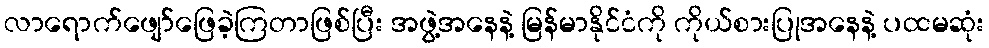
လာရောက်ဖျော်ဖြေခဲ့ကြတာဖြစ်ပြီး အဖွဲ့အနေနဲ့ မြန်မာနိုင်ငံကို ကိုယ်စားပြုအနေနဲ့ ပထမဆုံး